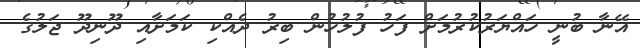
އޭނާ ބުނީ ހައްޔަރުކުރުމަށް ފަހު ފުލުހުން ބިރު ދެއްކި ކަމަށާއި ދޫނިދޫ ޖަލުގެ